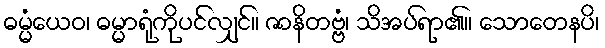
ဓမ္မံယေဝ၊ ဓမ္မာရုံကိုပင်လျှင်။ ဇာနိတဗ္ဗံ၊ သိအပ်ရာ၏။ သောတေနပိ၊